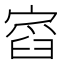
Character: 𡩹